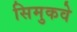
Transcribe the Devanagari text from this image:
सिमुकवे